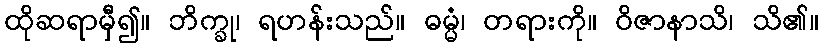
ထိုဆရာမှီ၍။ ဘိက္ခု၊ ရဟန်းသည်။ ဓမ္မံ၊ တရားကို။ ဝိဇာနာသိ၊ သိ၏။